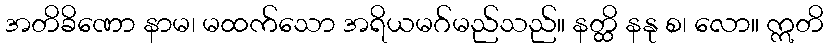
အတိခိဏော နာမ၊ မထက်သော အရိယမဂ်မည်သည်။ နတ္ထိ နနု စ၊ လော။ ဣတိ